Tezpur Lunatic Asylum reports 1895-1904 - 1895-1904
Year: 1895
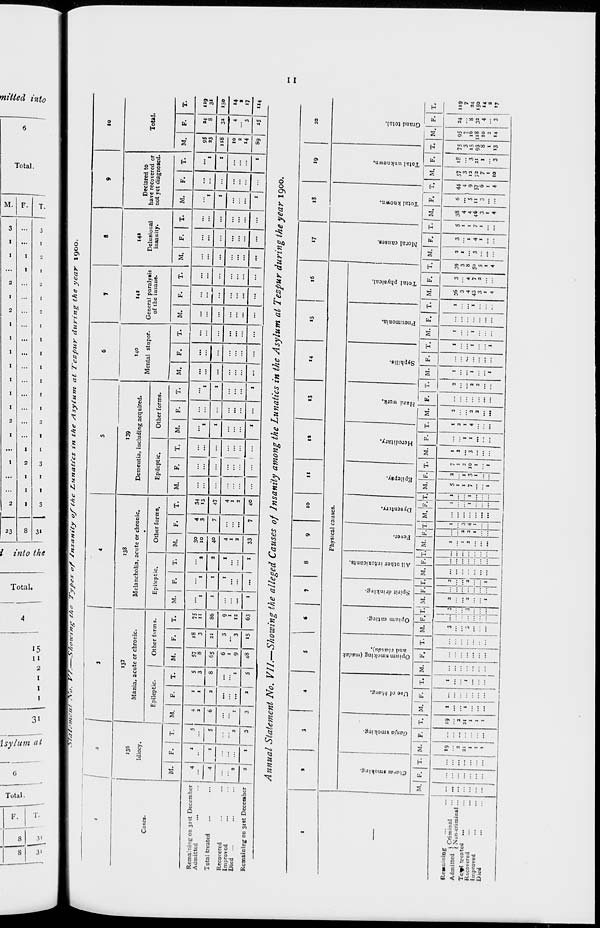
CO
I*
*^J
Oi
M — — ta — c^x
X
a-
-
- v)
_
-
-
U
•"
^ I -»-..'
„„w-r««-N
^1
01
0>
O^^^^^^pc^^rnsattTtyq^TTe £.unalics in the Asylum at Tezpur during the year igoo.
I
/
■
1
■
4
5
6
1
S
9
10
136
Idiocy.
137
Mania, acute or chronic.
138
Melancholia, acute or chronic.
139
Dementia, including acquired.
140
Mental stupor.
141
General paralysis
of the insane.
Delusional
insanity.
Declared to
have recovered or
not yet diagnosed.
Total
Cases.
Epileptic.
Other forms.
Epileptic.
Other forms.
Epileptic.
Other forms.
M. 1 F. 1 T. M. F.
T.
M.
F.
T.
M.
F. | T.
M.
F.
T.
M.
F.
T.
M.
F.
T.
M.
F.
T.
M.
F.
T.
M.
F.
T.
M.
F.
T.
M.
F.
T.
Remaining on 31st December
Admitted
...
4
1
S
4
2
1
1
S
3
57
8
18
3
75
JI
1
1
1
30
10
40
4
3
34
13
...
1
1
...
...
...
...
...
...
...
1
...
1
95
33
34
8
119
3i
Total treated
4
1
s
6
2
8
65
21
86
1
1
2
7
47
...
... 1 ...
1
1
...
...
...
...
...
...
...
...
...
1
...
1
118
32
4
3
150
Recovered
Improved
Died ...
3
2
I
...
1
6
1
9
3
3
9
1
12
1
1
1
4
I
2
4
1
2
E | E ... ...
...
...
...
...
...
...
...
...
...
...
...
...
...
...
10
2
14
14
s
17
Remaining on 31st December
2
1
3
3
a
S
48
15
63
1
...
33
7
40
...
1
...
1
...
...
...
...
...
...
...
...
...
1
...
1
89
35
"4
Annual Statement No. VII.—Showing the alleged Causes of Insanity among the Lunatics in the Asylum at Tezpur during the year 1900
11
IS
13
14
15
Physical causes.
to
B
bo
c
o
£
<3
o -5
o ra
1
c
a
to
60
X
M
c
>.
0
t-
u
£
JX
^
g
0
a.
'5.
-3
u
>.
O
w
<
to
Q 1
a.
a
rt
to
.1?
c
o
E
c
_
M. I-'.
M.
X. M. F. T. M. F, T. M. F.'T.i M.
T. M.
T. M.
1
I
F. T.l M. F, T. M, F. T. M. F
Regaining
A J -,.„J ( Criminal
Adm.tted j Non . criminal
Tc^s4 treated ...
Recovered
Improved
Djed
... 3
2
... 3 "a
1
M.
M.
7
1
1
2
2
: 10
3
1
...
... ...
1
M. F. T. M.
... I 36
3
4
...
I
43
3
1
4